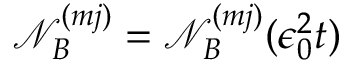
\mathcal { N } _ { B } ^ { ( m j ) } = \mathcal { N } _ { B } ^ { ( m j ) } ( \epsilon _ { 0 } ^ { 2 } t )